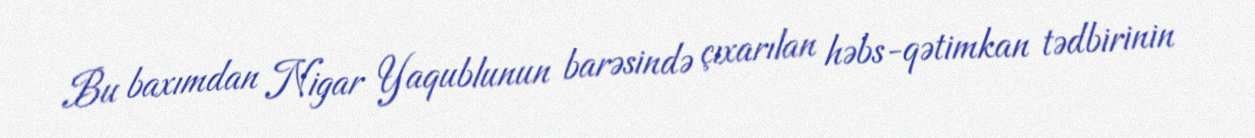
Bu baxımdan Nigar Yaqublunun barəsində çıxarılan həbs-qətimkan tədbirinin